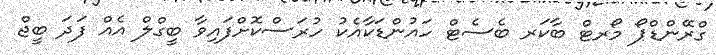
ގްރޭންޑްޕޯ މޯރޓް ބާކަރ ބެސެޓް ހައުންޑަކާއެކު ހުރަސްކޮށްފައިވާ ބީގްލް އެއް ފަދަ ބީޖް